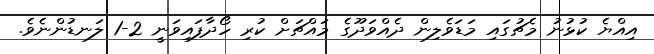
އިއްޔެ ކުޅުނު މެޗުގައި މަޑަވެލިން ދެއްވަދޫގެ މައްޗަށް ކުރި ހޯދާފައިވަނީ 2-1 ލަނޑުންނެވެ.